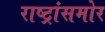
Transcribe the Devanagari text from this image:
राष्ट्रांसमोर